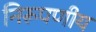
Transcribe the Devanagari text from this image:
निरूपणीय